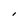
Character: I